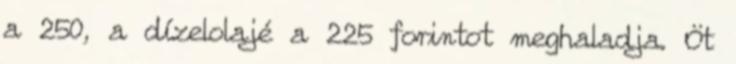
a 250, a dízelolajé a 225 forintot meghaladja. Öt